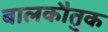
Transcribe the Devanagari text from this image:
बालकौतुक